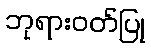
ဘုရားဝတ်ပြု